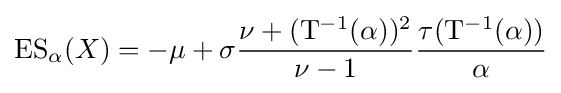
\operatorname {ES} _{\alpha }(X)=-\mu +\sigma {\frac {\nu +(\mathrm {T} ^{-1}(\alpha ))^{2}}{\nu -1}}{\frac {\tau (\mathrm {T} ^{-1}(\alpha ))}{\alpha }}